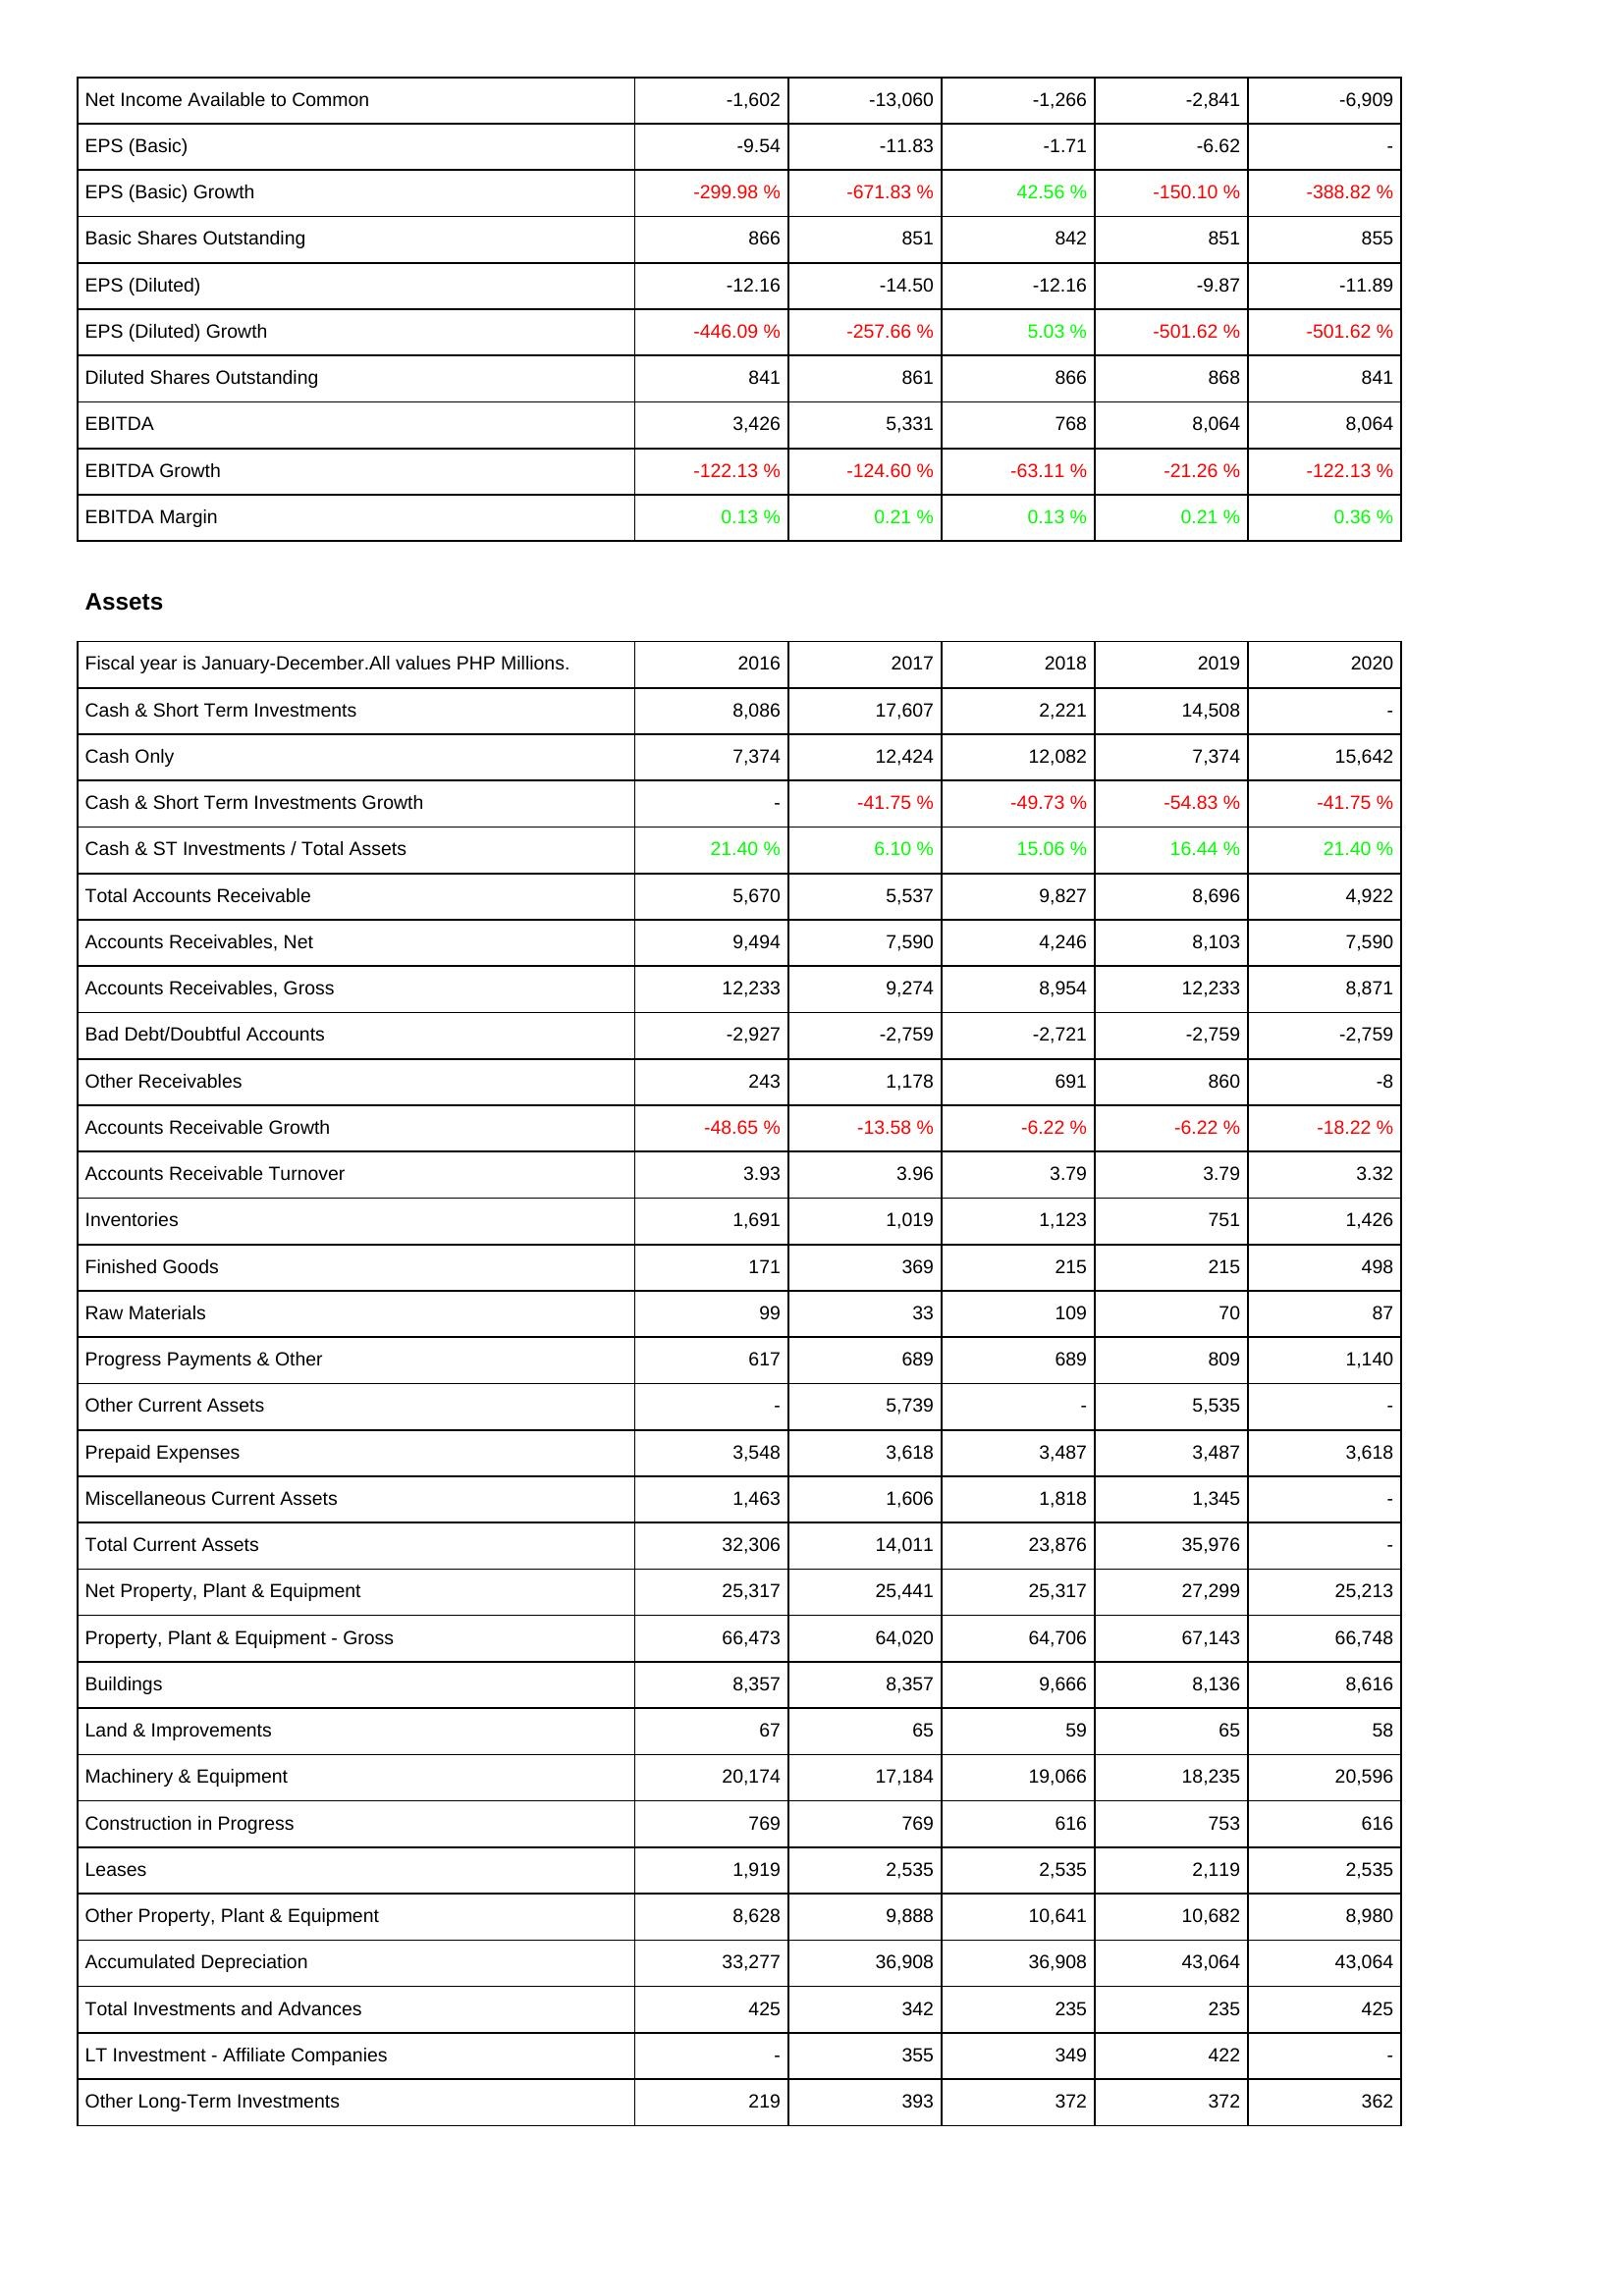
2016: Income Statement: Net Income Available to Common: -1,602
EPS (Basic): -9.54
EPS (Basic) Growth: -299.98 %
Basic Shares Outstanding: 866
EPS (Diluted): -12.16
EPS (Diluted) Growth: -446.09 %
Diluted Shares Outstanding: 841
EBITDA: 3,426
EBITDA Growth: -122.13 %
EBITDA Margin: 0.13 %
Assets: Cash & Short Term Investments: 8,086
Cash Only: 7,374
Cash & Short Term Investments Growth: -
Cash & ST Investments / Total Assets: 21.40 %
Total Accounts Receivable: 5,670
Accounts Receivables, Net: 9,494
Accounts Receivables, Gross: 12,233
Bad Debt/Doubtful Accounts: -2,927
Other Receivables: 243
Accounts Receivable Growth: -48.65 %
Accounts Receivable Turnover: 3.93
Inventories: 1,691
Finished Goods: 171
Raw Materials: 99
Progress Payments & Other: 617
Other Current Assets: -
Prepaid Expenses: 3,548
Miscellaneous Current Assets: 1,463
Total Current Assets: 32,306
Net Property, Plant & Equipment: 25,317
Property, Plant & Equipment - Gross: 66,473
Buildings: 8,357
Land & Improvements: 67
Machinery & Equipment: 20,174
Construction in Progress: 769
Leases: 1,919
Other Property, Plant & Equipment: 8,628
Accumulated Depreciation: 33,277
Total Investments and Advances: 425
LT Investment - Affiliate Companies: -
Other Long-Term Investments: 219
2017: Income Statement: Net Income Available to Common: -13,060
EPS (Basic): -11.83
EPS (Basic) Growth: -671.83 %
Basic Shares Outstanding: 851
EPS (Diluted): -14.50
EPS (Diluted) Growth: -257.66 %
Diluted Shares Outstanding: 861
EBITDA: 5,331
EBITDA Growth: -124.60 %
EBITDA Margin: 0.21 %
Assets: Cash & Short Term Investments: 17,607
Cash Only: 12,424
Cash & Short Term Investments Growth: -41.75 %
Cash & ST Investments / Total Assets: 6.10 %
Total Accounts Receivable: 5,537
Accounts Receivables, Net: 7,590
Accounts Receivables, Gross: 9,274
Bad Debt/Doubtful Accounts: -2,759
Other Receivables: 1,178
Accounts Receivable Growth: -13.58 %
Accounts Receivable Turnover: 3.96
Inventories: 1,019
Finished Goods: 369
Raw Materials: 33
Progress Payments & Other: 689
Other Current Assets: 5,739
Prepaid Expenses: 3,618
Miscellaneous Current Assets: 1,606
Total Current Assets: 14,011
Net Property, Plant & Equipment: 25,441
Property, Plant & Equipment - Gross: 64,020
Buildings: 8,357
Land & Improvements: 65
Machinery & Equipment: 17,184
Construction in Progress: 769
Leases: 2,535
Other Property, Plant & Equipment: 9,888
Accumulated Depreciation: 36,908
Total Investments and Advances: 342
LT Investment - Affiliate Companies: 355
Other Long-Term Investments: 393
2018: Income Statement: Net Income Available to Common: -1,266
EPS (Basic): -1.71
EPS (Basic) Growth: 42.56 %
Basic Shares Outstanding: 842
EPS (Diluted): -12.16
EPS (Diluted) Growth: 5.03 %
Diluted Shares Outstanding: 866
EBITDA: 768
EBITDA Growth: -63.11 %
EBITDA Margin: 0.13 %
Assets: Cash & Short Term Investments: 2,221
Cash Only: 12,082
Cash & Short Term Investments Growth: -49.73 %
Cash & ST Investments / Total Assets: 15.06 %
Total Accounts Receivable: 9,827
Accounts Receivables, Net: 4,246
Accounts Receivables, Gross: 8,954
Bad Debt/Doubtful Accounts: -2,721
Other Receivables: 691
Accounts Receivable Growth: -6.22 %
Accounts Receivable Turnover: 3.79
Inventories: 1,123
Finished Goods: 215
Raw Materials: 109
Progress Payments & Other: 689
Other Current Assets: -
Prepaid Expenses: 3,487
Miscellaneous Current Assets: 1,818
Total Current Assets: 23,876
Net Property, Plant & Equipment: 25,317
Property, Plant & Equipment - Gross: 64,706
Buildings: 9,666
Land & Improvements: 59
Machinery & Equipment: 19,066
Construction in Progress: 616
Leases: 2,535
Other Property, Plant & Equipment: 10,641
Accumulated Depreciation: 36,908
Total Investments and Advances: 235
LT Investment - Affiliate Companies: 349
Other Long-Term Investments: 372
2019: Income Statement: Net Income Available to Common: -2,841
EPS (Basic): -6.62
EPS (Basic) Growth: -150.10 %
Basic Shares Outstanding: 851
EPS (Diluted): -9.87
EPS (Diluted) Growth: -501.62 %
Diluted Shares Outstanding: 868
EBITDA: 8,064
EBITDA Growth: -21.26 %
EBITDA Margin: 0.21 %
Assets: Cash & Short Term Investments: 14,508
Cash Only: 7,374
Cash & Short Term Investments Growth: -54.83 %
Cash & ST Investments / Total Assets: 16.44 %
Total Accounts Receivable: 8,696
Accounts Receivables, Net: 8,103
Accounts Receivables, Gross: 12,233
Bad Debt/Doubtful Accounts: -2,759
Other Receivables: 860
Accounts Receivable Growth: -6.22 %
Accounts Receivable Turnover: 3.79
Inventories: 751
Finished Goods: 215
Raw Materials: 70
Progress Payments & Other: 809
Other Current Assets: 5,535
Prepaid Expenses: 3,487
Miscellaneous Current Assets: 1,345
Total Current Assets: 35,976
Net Property, Plant & Equipment: 27,299
Property, Plant & Equipment - Gross: 67,143
Buildings: 8,136
Land & Improvements: 65
Machinery & Equipment: 18,235
Construction in Progress: 753
Leases: 2,119
Other Property, Plant & Equipment: 10,682
Accumulated Depreciation: 43,064
Total Investments and Advances: 235
LT Investment - Affiliate Companies: 422
Other Long-Term Investments: 372
2020: Income Statement: Net Income Available to Common: -6,909
EPS (Basic): -
EPS (Basic) Growth: -388.82 %
Basic Shares Outstanding: 855
EPS (Diluted): -11.89
EPS (Diluted) Growth: -501.62 %
Diluted Shares Outstanding: 841
EBITDA: 8,064
EBITDA Growth: -122.13 %
EBITDA Margin: 0.36 %
Assets: Cash & Short Term Investments: -
Cash Only: 15,642
Cash & Short Term Investments Growth: -41.75 %
Cash & ST Investments / Total Assets: 21.40 %
Total Accounts Receivable: 4,922
Accounts Receivables, Net: 7,590
Accounts Receivables, Gross: 8,871
Bad Debt/Doubtful Accounts: -2,759
Other Receivables: -8
Accounts Receivable Growth: -18.22 %
Accounts Receivable Turnover: 3.32
Inventories: 1,426
Finished Goods: 498
Raw Materials: 87
Progress Payments & Other: 1,140
Other Current Assets: -
Prepaid Expenses: 3,618
Miscellaneous Current Assets: -
Total Current Assets: -
Net Property, Plant & Equipment: 25,213
Property, Plant & Equipment - Gross: 66,748
Buildings: 8,616
Land & Improvements: 58
Machinery & Equipment: 20,596
Construction in Progress: 616
Leases: 2,535
Other Property, Plant & Equipment: 8,980
Accumulated Depreciation: 43,064
Total Investments and Advances: 425
LT Investment - Affiliate Companies: -
Other Long-Term Investments: 362